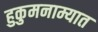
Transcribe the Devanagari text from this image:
हुकुमनाम्यात